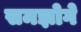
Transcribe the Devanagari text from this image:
समझोगे